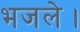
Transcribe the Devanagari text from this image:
भजले।